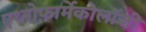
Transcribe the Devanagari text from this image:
एथ्नोफ़ार्मेकोलॉजी